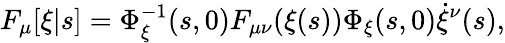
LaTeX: F_{\mu}[\xi|s]=\Phi_{\xi}^{-1}(s,0)F_{\mu\nu}(\xi(s))\Phi_{\xi}(s,0)\dot{\xi}^{\nu}(s),